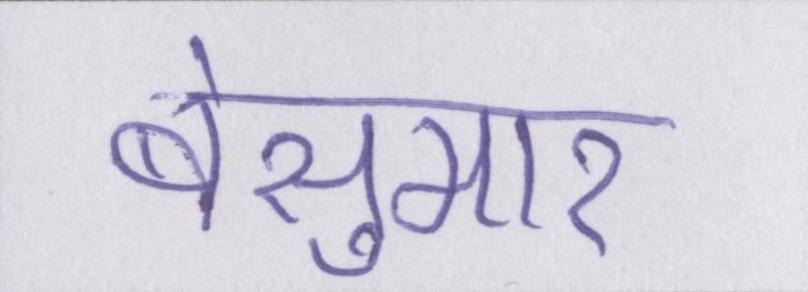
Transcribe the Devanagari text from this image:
बेसुमार